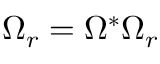
\Omega _ { r } = \Omega ^ { * } \Omega _ { r }